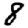
Digit: 8